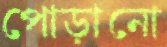
পোড়ানো